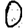
Digit: 0